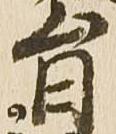
旨